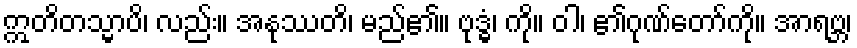
ဣတိတသ္မာပိ၊ လည်း။ အနုဿတိ၊ မည်၏။ ဗုဒ္ဓံ၊ ကို။ ဝါ၊ ၏ဂုဏ်တော်ကို။ အာရဗ္ဘ၊